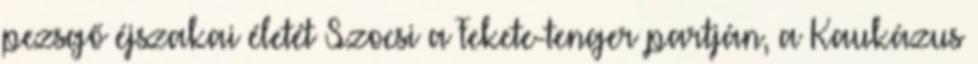
pezsgő éjszakai életét Szocsi a Fekete-tenger partján, a Kaukázus